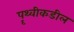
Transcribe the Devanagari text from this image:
पॄथ्वीकडील